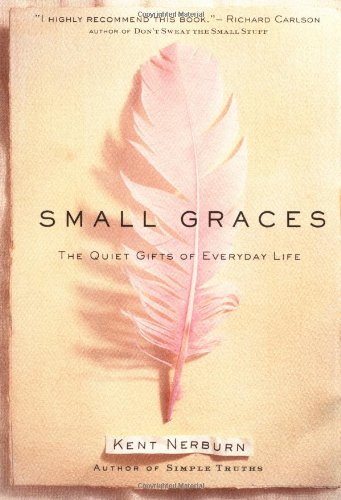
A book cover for Small Graces: The Quiet Gifts of Everyday Life; Kent Nerburn; Health, Fitness & Dieting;